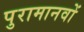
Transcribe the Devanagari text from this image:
पुरामानवों